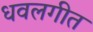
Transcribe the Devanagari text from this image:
धवलगीत